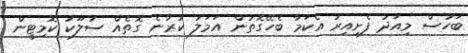
ބަހުސް މިއަދު ފެށިއިރު އެކަމާ ބެހޭގޮތުން އަމަލު ކުރާނެ ގޮތެއް ސުލޫކު ކޮމިޓީން